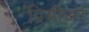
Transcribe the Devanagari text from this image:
प्रिमीअर